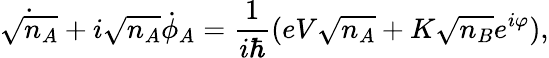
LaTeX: {\dot{\sqrt{n_{A}}}}+i{\sqrt{n_{A}}}{\dot{\phi}}_{A}={\frac{1}{i\hbar}}(eV{\sqrt{n_{A}}}+K{\sqrt{n_{B}}}e^{i\varphi}),